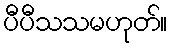
ပီပီသသမဟုတ်။